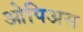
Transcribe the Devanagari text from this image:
ओपिअस